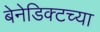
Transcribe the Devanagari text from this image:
बेनेडिक्टच्या